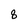
Character: 8